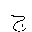
Letter: _gim